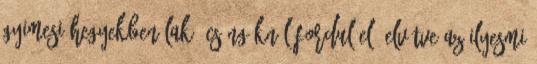
Gyimesi hegyekben lakó csángóknál fordul elõ elvétve az ilyesmi